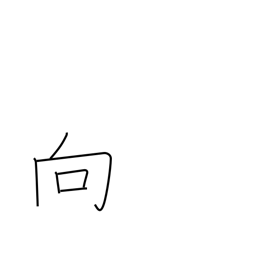
Meaning: approach